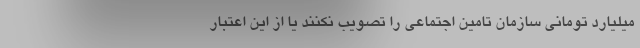
میلیارد تومانی سازمان تامین اجتماعی را تصویب نکنند یا از این اعتبار